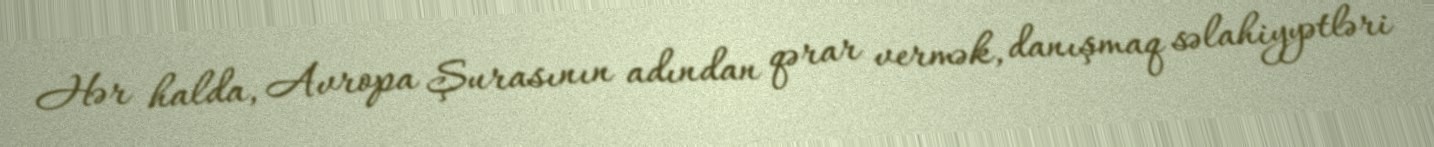
Hər halda, Avropa Şurasının adından qərar vermək, danışmaq səlahiyyətləri